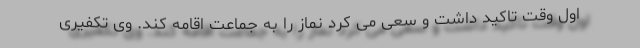
اول وقت تاکید داشت و سعی می کرد نماز را به جماعت اقامه کند. وی تکفیری